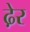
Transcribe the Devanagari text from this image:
ढे़र